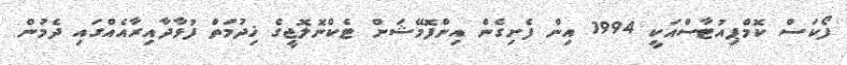
ފޯކަސް ކޮމްޕިއުޓާސްއަކީ 1994 އިން ފެށިގެން އިންފޮމޭޝަން ޓެކްނޮލޮޖީގެ ޚިދުމަތް ފުޅާދާއިރާއެއްގައި ދެމުން